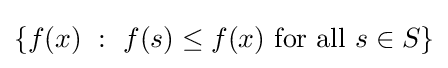
\{f(x)~:~f(s)\leq f(x){\text{ for all }}s\in S\}